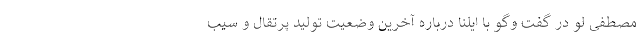
مصطفی لو در گفت وگو با ایلنا درباره آخرین وضعیت تولید پرتقال و سیب